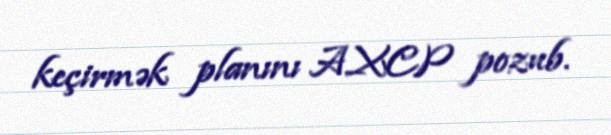
keçirmək planını AXCP pozub.